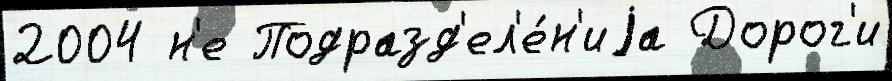
2004 н'е Подразд'ел'е́н'иjа Дорог'и